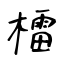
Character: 檑